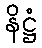
နိဋ္ဌံ